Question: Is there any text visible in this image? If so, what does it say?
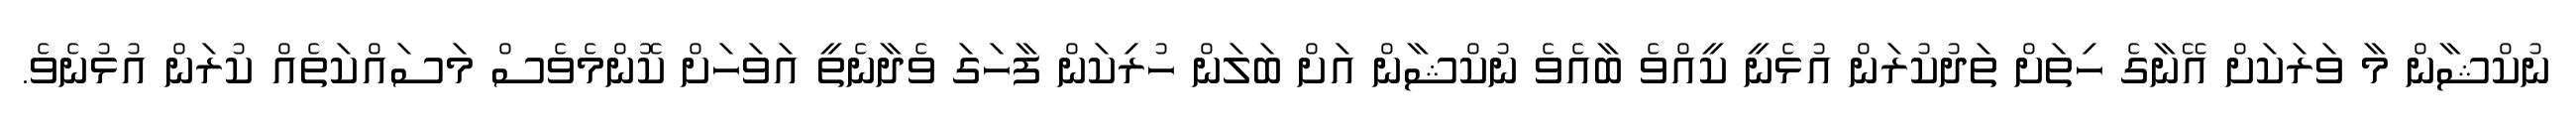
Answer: ނުކްޝާން މާ ވަރަކަށް އޭނާގެ ހިތަށް ތަދުކުރަން އުޅެނީ ކީއްވެ ބާއެވެ ނުކްޝާން އަށް ބަލަން ހުރިކަން ފާހަގަ ވެދާނެތީ އަވަހަށް ކޮންމެވެސް މަސައްކަތެއް ކުރަން އުޅުނެވެ.